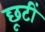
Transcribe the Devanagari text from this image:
छूटीं